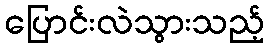
ပြောင်းလဲသွားသည့်